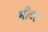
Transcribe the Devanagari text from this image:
भीटर